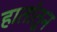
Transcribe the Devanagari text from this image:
हातांतून